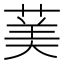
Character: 䓺